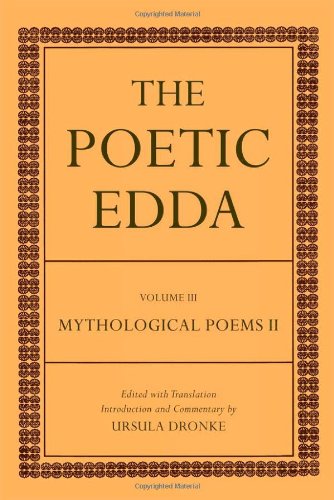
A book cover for The Poetic Edda: Volume III Mythological Poems II; Ursula Dronke; Literature & Fiction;